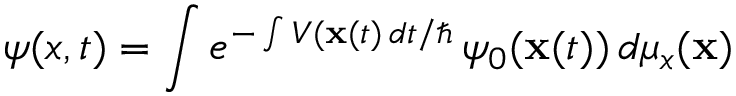
\psi ( x , t ) = \int e ^ { - \int V ( \mathbf { x } ( t ) \, d t / \hbar } \, \psi _ { 0 } ( \mathbf { x } ( t ) ) \, d \mu _ { x } ( \mathbf { x } )